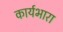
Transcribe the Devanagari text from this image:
कार्यभारा